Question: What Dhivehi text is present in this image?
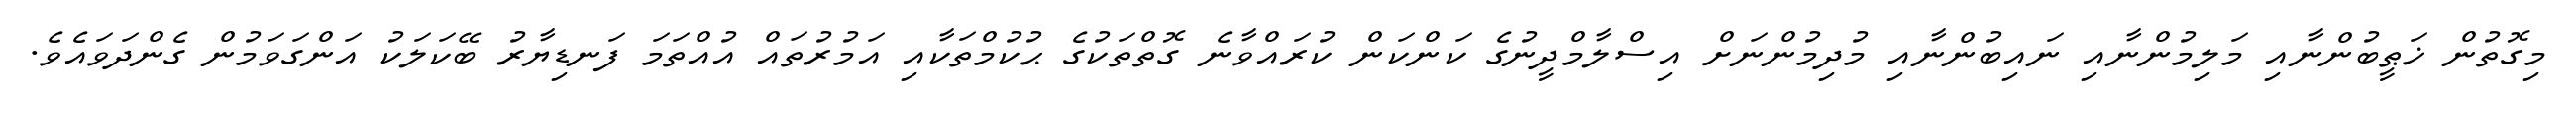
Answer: މިގޮތުން ޚަޠީބުންނާއި މަލިމުންނާއި ނައިބުންނާއި މުދިމުންނަށް އިސްލާމްދީނުގެ ކަންކަން ކުރައްވާނެ ގޮތްތަކުގެ ޙުކުމްތަކާއި އަމުރުތައް އުއްތަމަ ފަނޑިޔާރު ބޭކަލަކު އަންގަވަމުން ގެންދަވައެވެ.